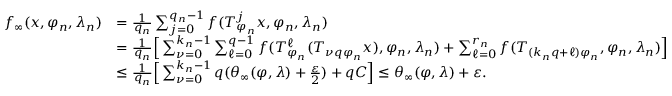
\begin{array} { r l } { f _ { \infty } ( x , \varphi _ { n } , \lambda _ { n } ) } & { = \frac { 1 } { q _ { n } } \sum _ { j = 0 } ^ { q _ { n } - 1 } f ( T _ { \varphi _ { n } } ^ { j } x , \varphi _ { n } , \lambda _ { n } ) } \\ & { = \frac { 1 } { q _ { n } } \Big [ \sum _ { \nu = 0 } ^ { k _ { n } - 1 } \sum _ { \ell = 0 } ^ { q - 1 } f ( T _ { \varphi _ { n } } ^ { \ell } ( T _ { \nu q \varphi _ { n } } x ) , \varphi _ { n } , \lambda _ { n } ) + \sum _ { \ell = 0 } ^ { r _ { n } } f ( T _ { ( k _ { n } q + \ell ) \varphi _ { n } } , \varphi _ { n } , \lambda _ { n } ) \Big ] } \\ & { \le \frac { 1 } { q _ { n } } \Big [ \sum _ { \nu = 0 } ^ { k _ { n } - 1 } q ( \theta _ { \infty } ( \varphi , \lambda ) + \frac { \varepsilon } { 2 } ) + q C \Big ] \le \theta _ { \infty } ( \varphi , \lambda ) + \varepsilon . } \end{array}